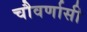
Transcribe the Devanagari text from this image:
चौवर्णासी